Annual administration report of the Civil Veterinary Department of India - 1893-1894
Year: 1893
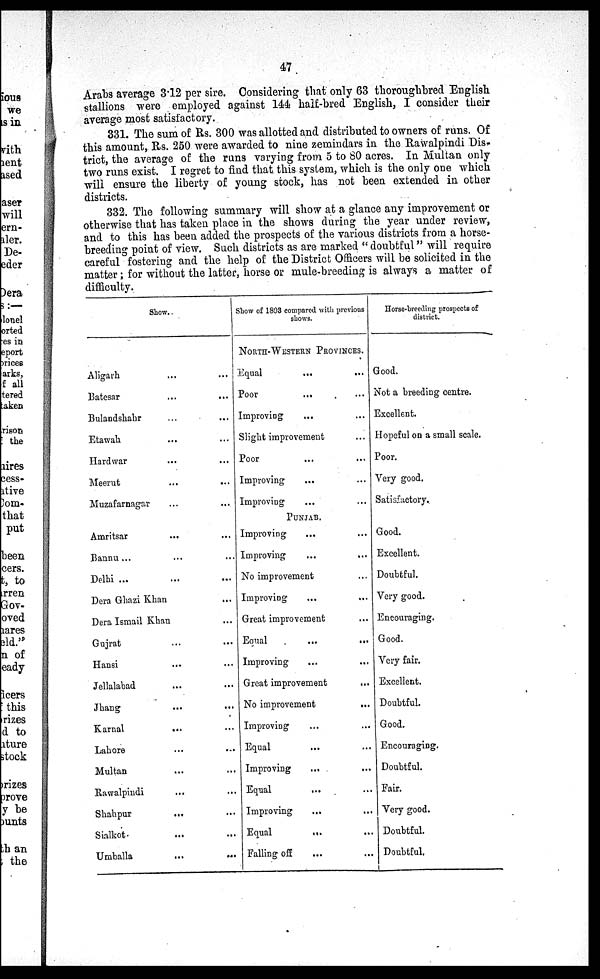
47
Arabs average 3.12 per sire. Considering that only 63 thoroughbred English
stallions were employed against 144 half-bred English, I consider their
average most satisfactory.
331. The sum of Rs. 300 was allotted and distributed to owners of runs. Of
this amount, Rs. 250 were awarded to nine zemindars in the Rawalpindi Dis-
trict, the average of the runs varying from 5 to 80 acres. In Multan only
two runs exist. I regret to find that this system, which is the only one which
will ensure the liberty of young stock, has not been extended in other
districts.
332. The following summary will show at a glance any improvement or
otherwise that has taken place in the shows during the year under review,
and to this has been added the prospects of the various districts from a horse-
breeding point of view. Such districts as are marked "doubtful" will require
careful fostering and the help of the District Officers will be solicited in the
matter; for without the latter, horse or mule-breeding is always a matter of
difficulty.
Show.
Aligarh ... ...
Batesar
...
...
Bulandshahr ... ...
Etawah ... ...
Hardwar ... ...
Meerut ... ...
Muzafarnagar ... ...
Amritsar
... ...
Bannu... ... ...
Delhi ...
Dera Ghazi Khan ...
Dera Ismail Khan ...
Gujrat ... ...
Hansi ... ...
Jellalabad ... ...
Jhang ... ...
Karnal
... ...
Lahore ... ...
Multan ... ...
Rawalpindi ... ...
Shahpur
... ...
Sialkot ... ...
Umballa
...
...
Show of 1803 compared with previous
shows.
NORTH-WESTERN PROVINCE.
Equal
... ...
Poor ... ...
Improving ... ...
Slight improvement ... ...
Poor ... ...
Improving ... ...
Improving ... ...
PUNJAB.
Improving ... ...
Improving
...
...
No improvement
Improving
...
...
Great improvement ...
Equal ... ...
Improving... ... ...
Great improvement
...
No improvement...
Improving ... ...
Equal ... ...
Improving
... ...
Equal
... ...
Improving
...
Equal
...
...
Falling off ... ...
Horse-breeding prospects of
district.
Good.
Not a breeding centre.
Excellent.
Hopeful on a small scale.
Poor.
Very good.
Satisfactory.
Good.
Excellent.
Doubtful.
Very good.
Encouraging.
Good.
Very fair.
Excellent.
Doubtful.
Good.
Encouraging.
Doubtful.
Fair.
Very good.
Doubtful.
Doubtful.